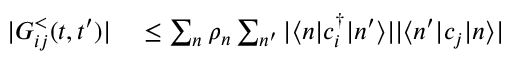
\begin{array} { r l } { | G _ { i j } ^ { < } ( t , t ^ { \prime } ) | } & { { } \leq \sum _ { n } \rho _ { n } \sum _ { n ^ { \prime } } | \langle n | c _ { i } ^ { \dagger } | n ^ { \prime } \rangle | | \langle n ^ { \prime } | c _ { j } | n \rangle | } \end{array}